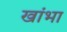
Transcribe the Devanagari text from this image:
खांभा